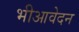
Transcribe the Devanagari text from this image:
भीआवेदन